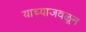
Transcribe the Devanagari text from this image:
याच्याजवळून